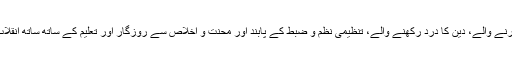
سب کے سب پاکستان سے محبت کا دم بھرنے والے، دین کا درد رکھنے والے، تنظیمی نظم و ضبط کے پابند اور محنت و اخلاص سے روزگار اور تعلیم کے ساتھ ساتھ انقلاب کے مشن کو وقت دینے والے لوگ تھے۔